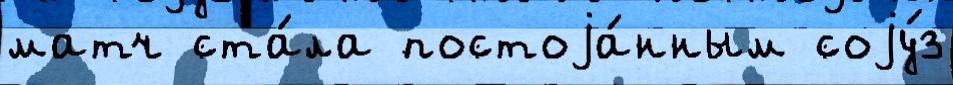
матч ста́ла постоjа́нным соjу́з